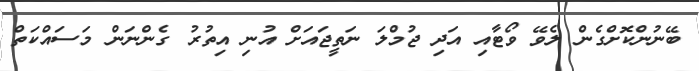
ބޭނުންކޮށްގެން ލެވޭ ވޯޓާއި އަދި ޖުމްލަ ނަތީޖައަށް އުނި އިތުރު ގެންނަން މަސައްކަތް